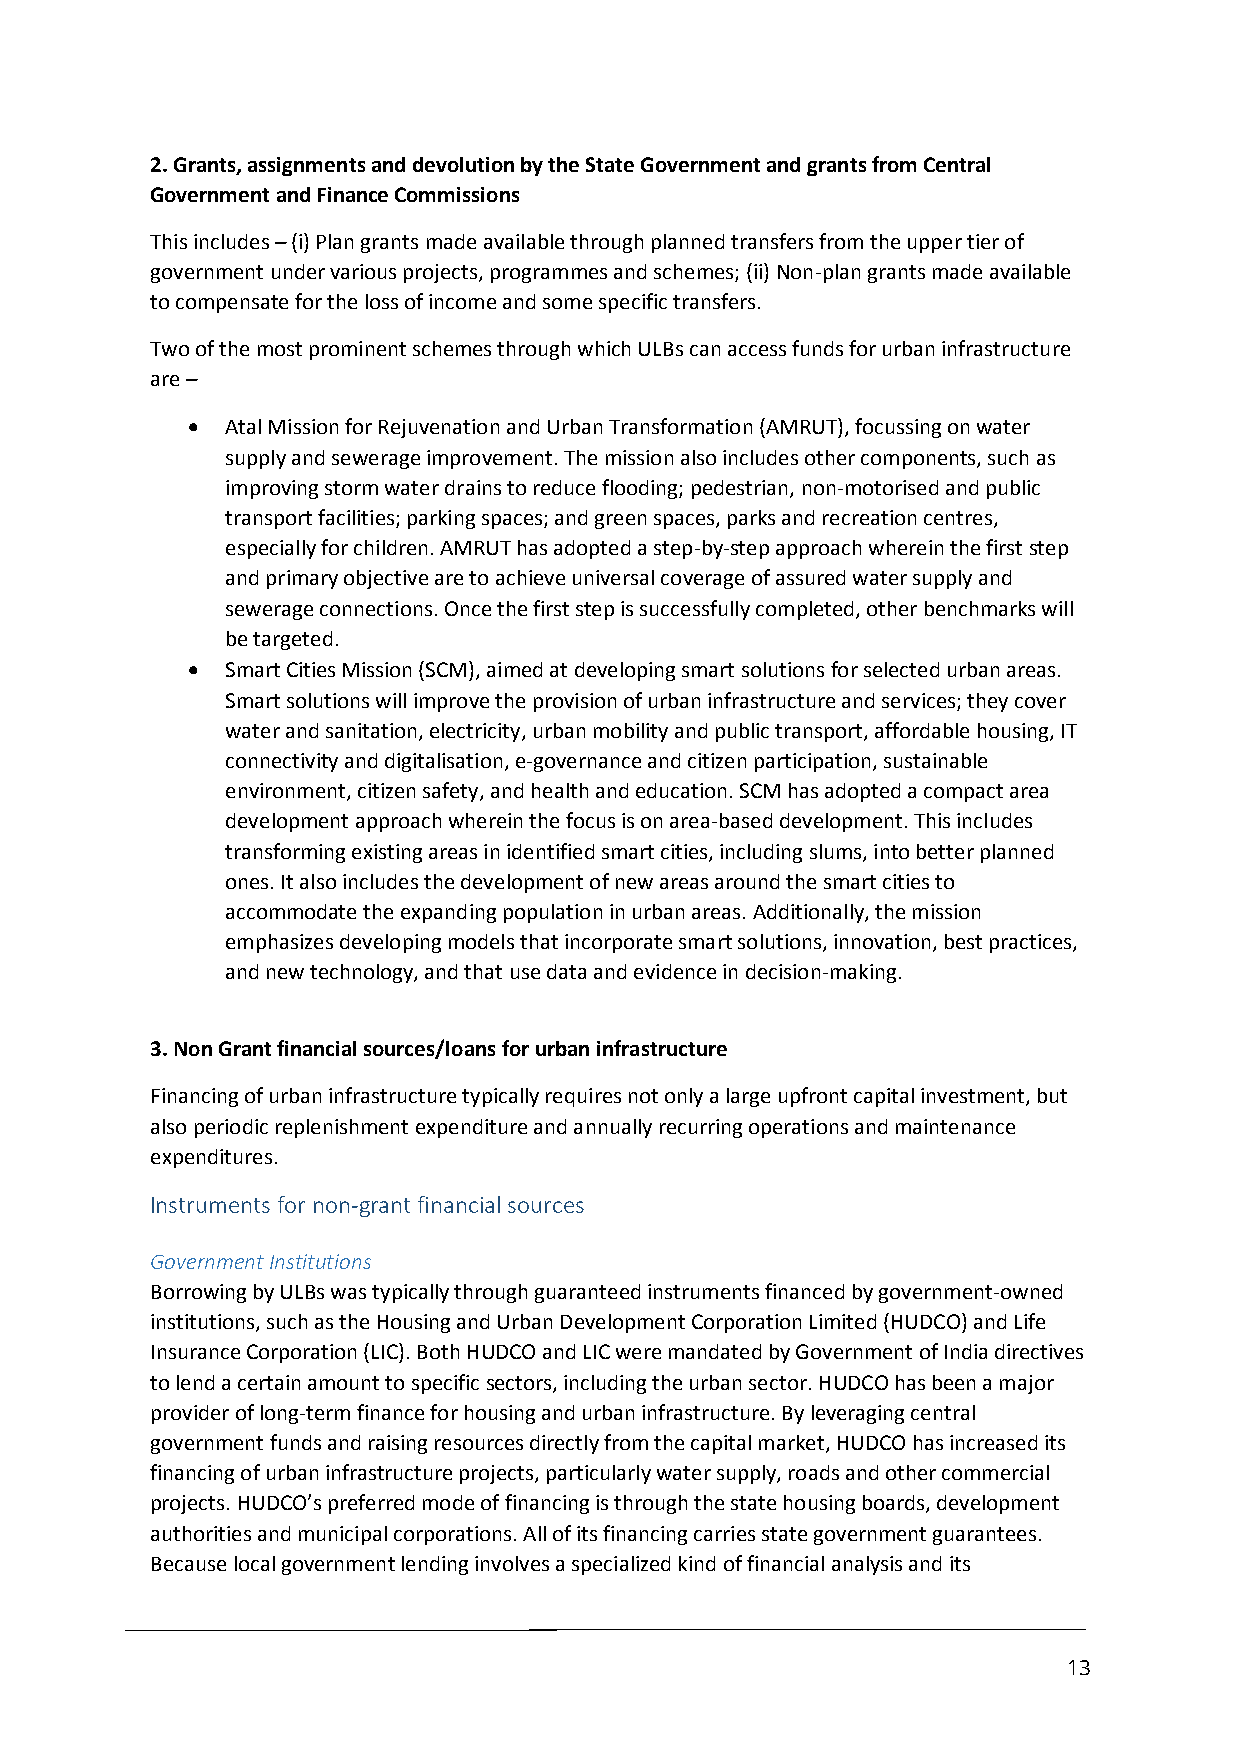
2. Grants, assignments and devolution by the State Government and grants from Central
 Government and Finance Commissions
 This includes – (i) Plan grants made available through planned transfers from the upper tier of
 government under various projects, programmes and schemes; (ii) Non-plan grants made available
 to compensate for the loss of income and some specific transfers.
 Two of the most prominent schemes through which ULBs can access funds for urban infrastructure
 are –
   Atal Mission for Rejuvenation and Urban Transformation (AMRUT), focussing on water
 supply and sewerage improvement. The mission also includes other components, such as
 improving storm water drains to reduce flooding; pedestrian, non-motorised and public
 transport facilities; parking spaces; and green spaces, parks and recreation centres,
 especially for children. AMRUT has adopted a step-by-step approach wherein the first step
 and primary objective are to achieve universal coverage of assured water supply and
 sewerage connections. Once the first step is successfully completed, other benchmarks will
 be targeted.
   Smart Cities Mission (SCM), aimed at developing smart solutions for selected urban areas.
 Smart solutions will improve the provision of urban infrastructure and services; they cover
 water and sanitation, electricity, urban mobility and public transport, affordable housing, IT
 connectivity and digitalisation, e-governance and citizen participation, sustainable
 environment, citizen safety, and health and education. SCM has adopted a compact area
 development approach wherein the focus is on area-based development. This includes
 transforming existing areas in identified smart cities, including slums, into better planned
 ones. It also includes the development of new areas around the smart cities to
 accommodate the expanding population in urban areas. Additionally, the mission
 emphasizes developing models that incorporate smart solutions, innovation, best practices,
 and new technology, and that use data and evidence in decision-making.
 3. Non Grant financial sources/loans for urban infrastructure
 Financing of urban infrastructure typically requires not only a large upfront capital investment, but
 also periodic replenishment expenditure and annually recurring operations and maintenance
 expenditures.
 Instruments for non-grant financial sources
 Government Institutions
 Borrowing by ULBs was typically through guaranteed instruments financed by government-owned
 institutions, such as the Housing and Urban Development Corporation Limited (HUDCO) and Life
 Insurance Corporation (LIC). Both HUDCO and LIC were mandated by Government of India directives
 to lend a certain amount to specific sectors, including the urban sector. HUDCO has been a major
 provider of long-term finance for housing and urban infrastructure. By leveraging central
 government funds and raising resources directly from the capital market, HUDCO has increased its
 financing of urban infrastructure projects, particularly water supply, roads and other commercial
 projects. HUDCO’s preferred mode of financing is through the state housing boards, development
 authorities and municipal corporations. All of its financing carries state government guarantees.
 Because local government lending involves a specialized kind of financial analysis and its
 13